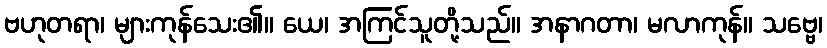
ဗဟုတရာ၊ များကုန်သေး၏။ ယေ၊ အကြင်သူတို့သည်။ အနာဂတာ၊ မလာကုန်။ သဗ္ဗေ၊